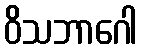
ဝိသဘာဂေါ